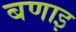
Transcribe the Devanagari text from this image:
बणाइ